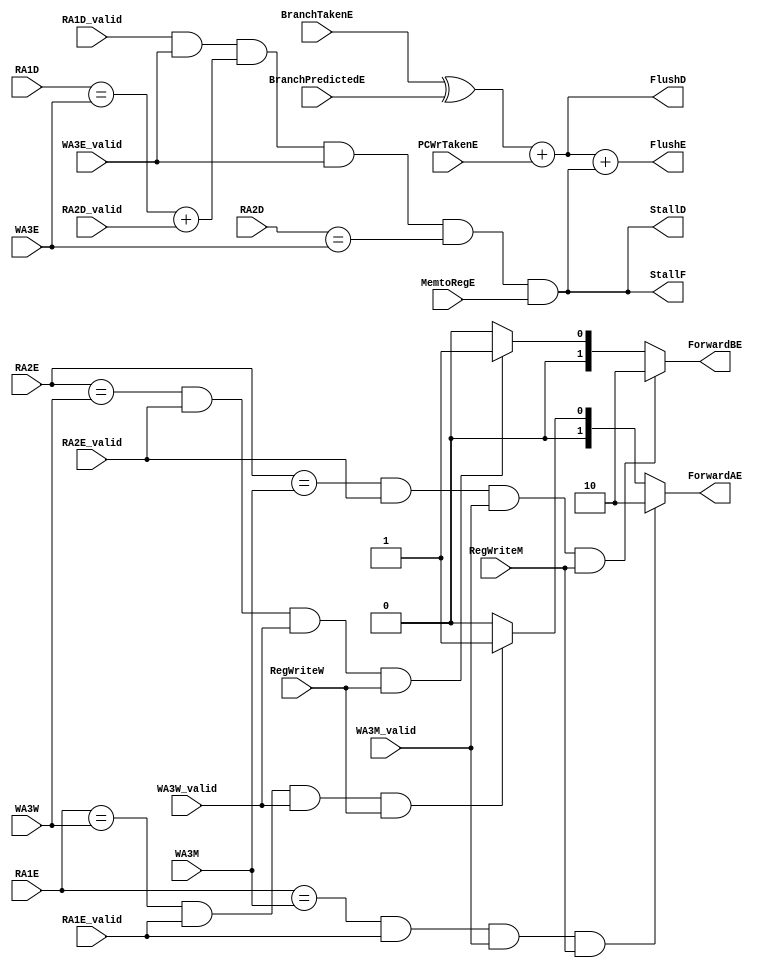
module HazardUnit(
	input [3:0] RA1E, RA2E, WA3M, WA3W, RA1D, RA2D, WA3E,
	input RA1E_valid, RA2E_valid, WA3M_valid, WA3W_valid, RA1D_valid, RA2D_valid, WA3E_valid,
	input RegWriteM, RegWriteW, MemtoRegE, BranchTakenE, BranchPredictedE, PCWrTakenE, 
	output reg [1:0] ForwardAE, ForwardBE,
	output StallF, StallD, FlushD, FlushE);
	
wire Match_1E_M, Match_1E_W;
assign Match_1E_M = (RA1E ==WA3M) & (RA1E_valid == 1'b1) & (WA3M_valid == 1'b1);
assign Match_1E_W = (RA1E ==WA3W) & (RA1E_valid == 1'b1) & (WA3W_valid == 1'b1);
	
wire Match_2E_M, Match_2E_W;
assign Match_2E_M = (RA2E ==WA3M) & (RA2E_valid == 1'b1) & (WA3M_valid == 1'b1);
assign Match_2E_W = (RA2E ==WA3W) & (RA2E_valid == 1'b1) & (WA3W_valid == 1'b1);
	
wire Match_12D_E, LDRstall;
assign Match_12D_E = (RA1D_valid == 1'b1) & (WA3E_valid == 1'b1) & (RA1D == WA3E) + (RA2D_valid == 1'b1) & (WA3E_valid == 1'b1) & (RA2D == WA3E);
assign LDRstall = Match_12D_E & MemtoRegE;

// outputs
assign StallF = LDRstall;
assign StallD = LDRstall;
assign FlushD = (BranchTakenE^BranchPredictedE) + PCWrTakenE;
assign FlushE = (BranchTakenE^BranchPredictedE) + PCWrTakenE + LDRstall;

	
always @(*)
begin
	// SrcAE
	if (Match_1E_M & RegWriteM)  ForwardAE = 2'b10;
	else if (Match_1E_W & RegWriteW) ForwardAE = 2'b01;
	else ForwardAE = 2'b00;
	
	// SrcBE
	if (Match_2E_M & RegWriteM)  ForwardBE = 2'b10;
	else if (Match_2E_W & RegWriteW) ForwardBE = 2'b01;
	else ForwardBE = 2'b00;
	
end

	
endmodule